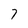
Character: 7